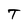
Character: T